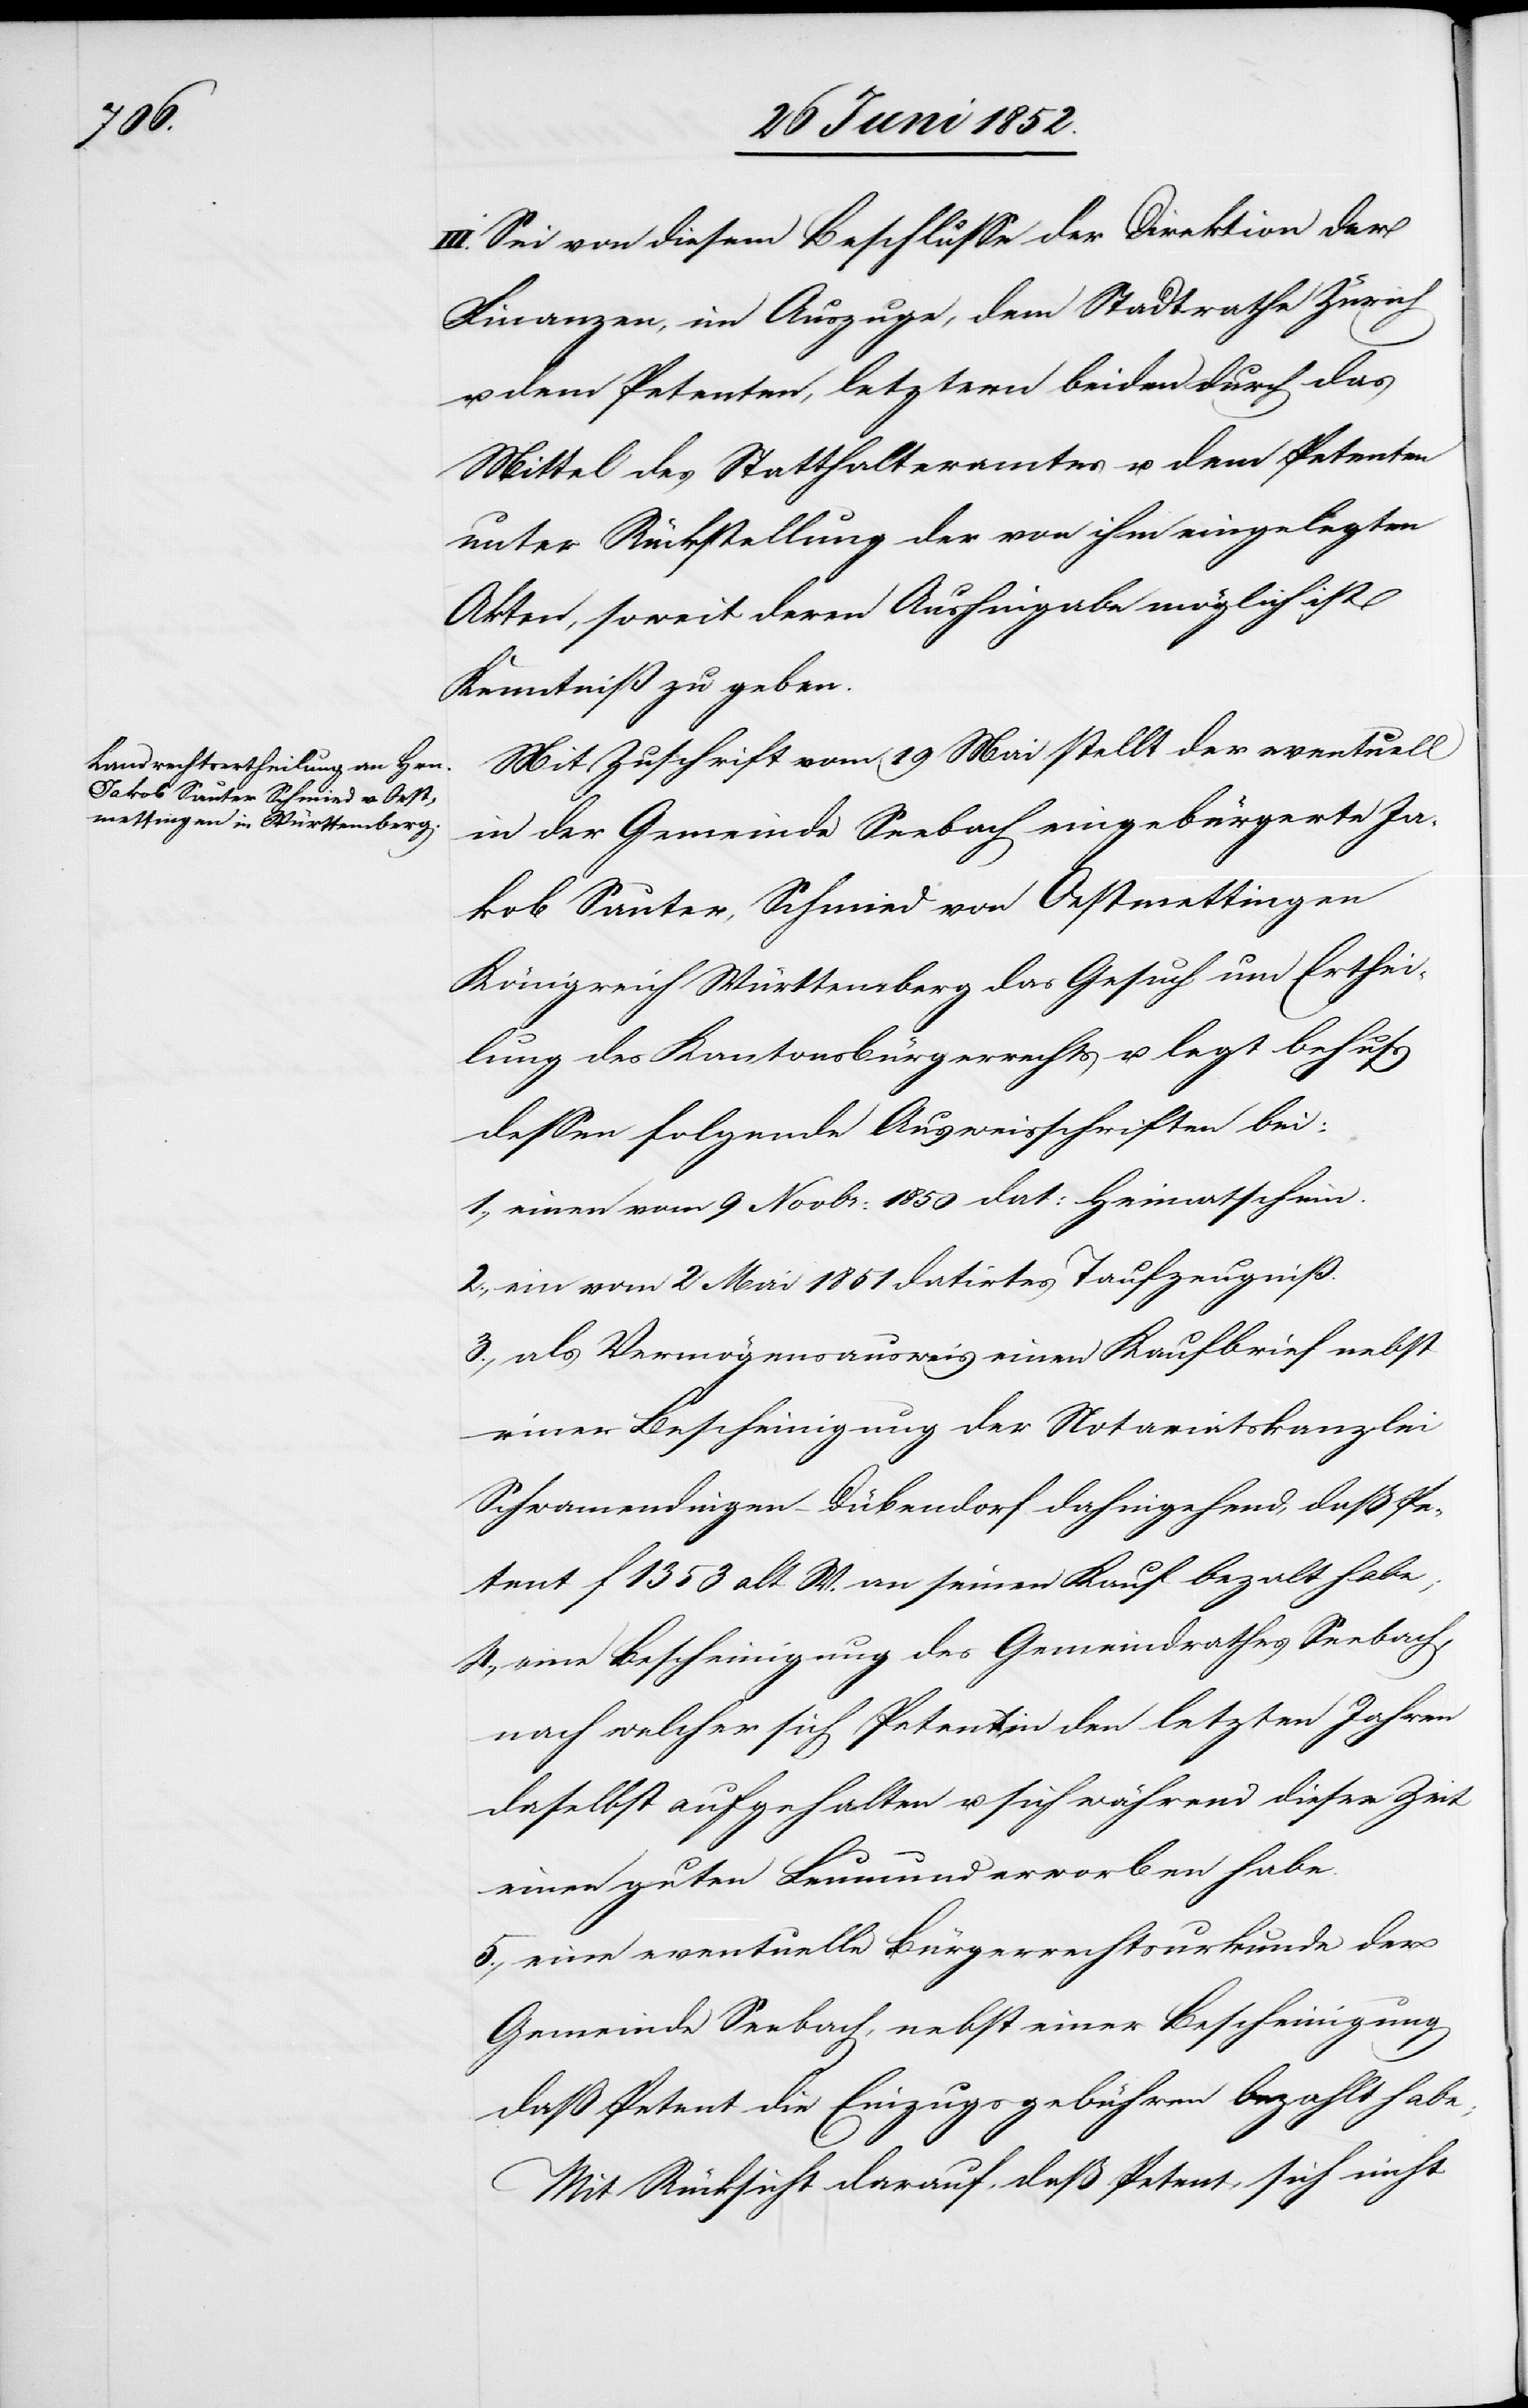
III. Sei von diesem Beschlusse der Direktion der
Finanzen, im Auszuge, dem Stadtrathe Zürich
u. dem Petenten, letztern beiden durch das
Mittel des Statthalteramtes u. dem Petenten
unter Rückstellung der von ihm eingelegten
Akten, soweit deren Aushingabe möglich ist
Kenntniß zu geben.
Mit Zuschrift vom 19 Mai stellt der eventuell
in der Gemeinde Seebach eingebürgerte Ja¬
kob Sauter, Schmied von Oestmettingen
Königreich Württemberg das Gesuch um Erthei¬
lung des Kantonsbürgerrechts u. legt behufs
dessen folgende Ausweisschriften bei:
einen vom 9 Novbr: 1850 dat: Heimatschein.
ein vom 2 Mai 1851 datirtes Taufzeugniß.
als Vermögensausweis einen Kaufbrief nebst
einer Bescheinigung der Notariatskanzlei
Schwamendingen-Dübendorf dahingehend, dass Pe¬
tent f 1353 alt. W. an seinen Kauf beza[h]lt habe;
eine Bescheinigung des Gemeindrathes Seebach,
nach welcher sich Petent in den letzten Jahren
daselbst aufgehalten u. sich während dieser Zeit
einen guten Leumund erworben habe.
eine eventuelle Bürgerrechtsurkunde der
Gemeinde Seebach, nebst einer Bescheinigung
dass Petent die Einzugsgebühren bezahlt habe;
Mit Rücksicht darauf, daß Petent, sich nicht